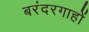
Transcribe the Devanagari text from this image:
बरंदरगाहों